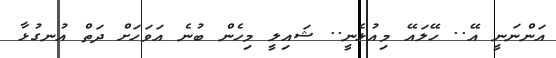
އަންނަނީ އޭ.. ހޭލައޭ މިއުޅެނީ.. ޝައިލީ މިހެން ބުނެ އަވަހަށް ދަތް އުނގުޅާ